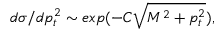
d \sigma / d p _ { t } ^ { 2 } \sim e x p ( - C \sqrt { M ^ { 2 } + p _ { t } ^ { 2 } } ) ,